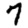
Digit: 7